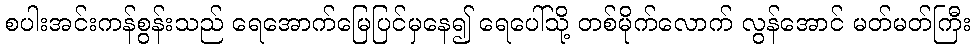
စပါးအင်းကန်စွန်းသည် ရေအောက်မြေပြင်မှနေ၍ ရေပေါ်သို့ တစ်မိုက်လောက် လွန်အောင် မတ်မတ်ကြီး